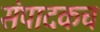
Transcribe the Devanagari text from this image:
संपादकच